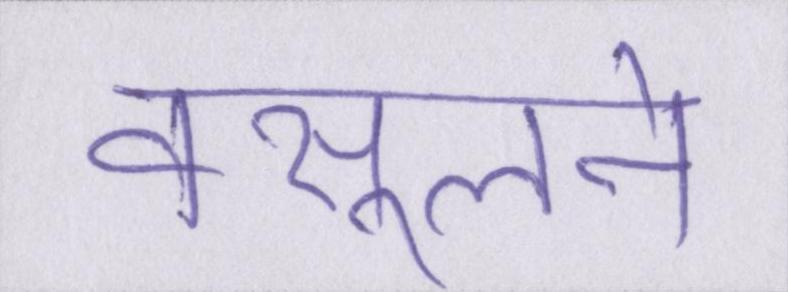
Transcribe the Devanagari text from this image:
वसूलने